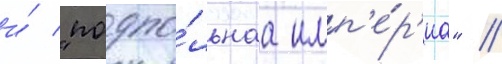
и́ "подпо́льнаа имп'е́р'иа" //